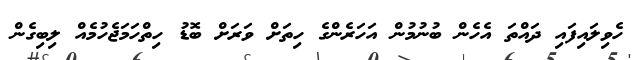
ހެވިލައިފައި ދައްތަ އެހެން ބުނުމުން އަހަރެންގެ ހިތަށް ވަރަށް ބޮޑު ހިތްހަމަޖެހުމެއް ލިބިގެން